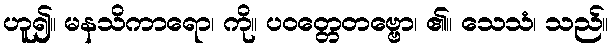
ဟူ၍။ မနသိကာရော၊ ကို။ ပဝတ္တေတဗ္ဗော၊ ၏။ သေသံ၊ သည်။